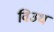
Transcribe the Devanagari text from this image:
विउध